Indian journal of veterinary science and animal husbandry - Volume 10,
Year: 1940
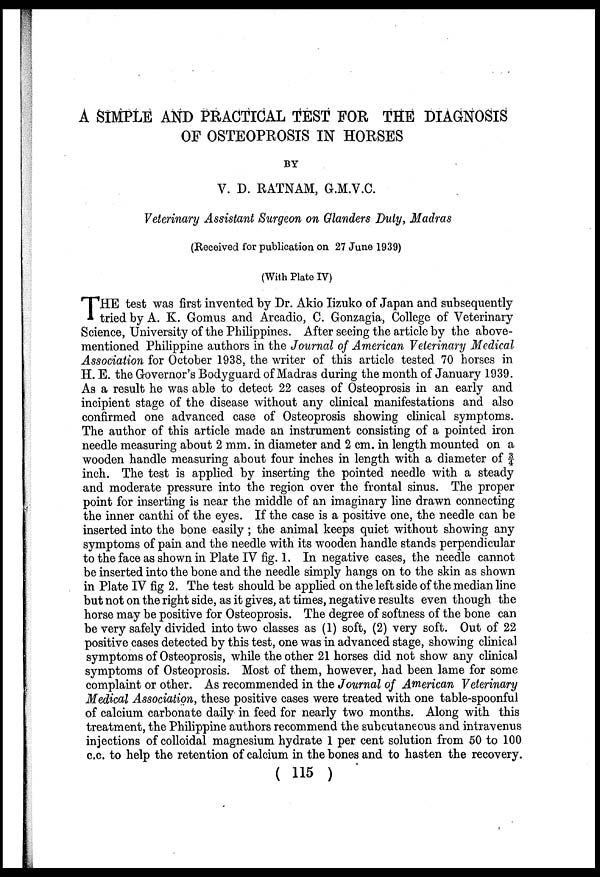
A SIMPLE AND PRACTICAL TEST FOR THE DIAGNOSIS
OF OSTEOPROSIS IN HORSES
BY
V. D. RATNAM, G.M.V.C.
Veterinary Assistant Surgeon on Glanders Duty, Madras
(Received for publication on 27 June 1939)
(With Plate IV)
T HE test was first invented by Dr. Akio Iizuko of Japan and subsequently
tried by A. K. Gomus and Arcadio, C. Gonzagia, College of Veterinary
Science, University of the Philippines. After seeing the article by the above-
mentioned Philippine authors in the Journal of American Veterinary Medical
Association for October 1938, the writer of this article tested 70 horses in
H. E. the Governor's Bodyguard of Madras during the month of January 1939.
As a result he was able to detect 22 cases of Osteoprosis in an early and
incipient stage of the disease without any clinical manifestations and also
confirmed one advanced case of Osteoprosis showing clinical symptoms.
The author of this article made an instrument consisting of a pointed iron
needle measuring about 2 mm. in diameter and 2 cm. in length mounted on a
wooden handle measuring about four inches in length with a diameter of ¾
inch. The test is applied by inserting the pointed needle with a steady
and moderate pressure into the region over the frontal sinus. The proper
point for inserting is near the middle of an imaginary line drawn connecting
the inner canthi of the eyes. If the case is a positive one, the needle can be
inserted into the bone easily; the animal keeps quiet without showing any
symptoms of pain and the needle with its wooden handle stands perpendicular
to the face as shown in Plate IV fig. 1. In negative cases, the needle cannot
be inserted into the bone and the needle simply hangs on to the skin as shown
in Plate IV fig 2. The test should be applied on the left side of the median line
but not on the right side, as it gives, at times, negative results even though the
horse may be positive for Osteoprosis. The degree of softness of the bone can
be very safely divided into two classes as (1) soft, (2) very soft. Out of 22
positive cases detected by this test, one was in advanced stage, showing clinical
symptoms of Osteoprosis, while the other 21 horses did not show any clinical
symptoms of Osteoprosis. Most of them, however, had been lame for some
complaint or other. As recommended in the Journal of American Veterinary
Medical Association, these positive cases were treated with one table-spoonful
of calcium carbonate daily in feed for nearly two months. Along with this
treatment, the Philippine authors recommend the subcutaneous and intravenus
injections of colloidal magnesium hydrate 1 per cent solution from 50 to 100
c.c. to help the retention of calcium in the bones and to hasten the recovery.
( 115 )